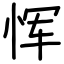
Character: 恽